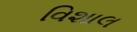
વિશાલ